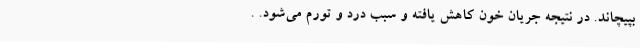
بپیچاند. در نتیجه جریان خون کاهش یافته و سبب درد و تورم می‌شود. .